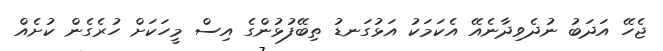
ޖެހޭ އަދަބު ނުދެވިދާނެއޭ އެކަމަކު އަޅުގަނޑު ތިބޭފުޅުންގެ އިސް މީހަކަށް ހުރެގެން ކުށެއް